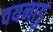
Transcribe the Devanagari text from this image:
वयनाडु